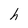
Character: h